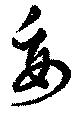
妥